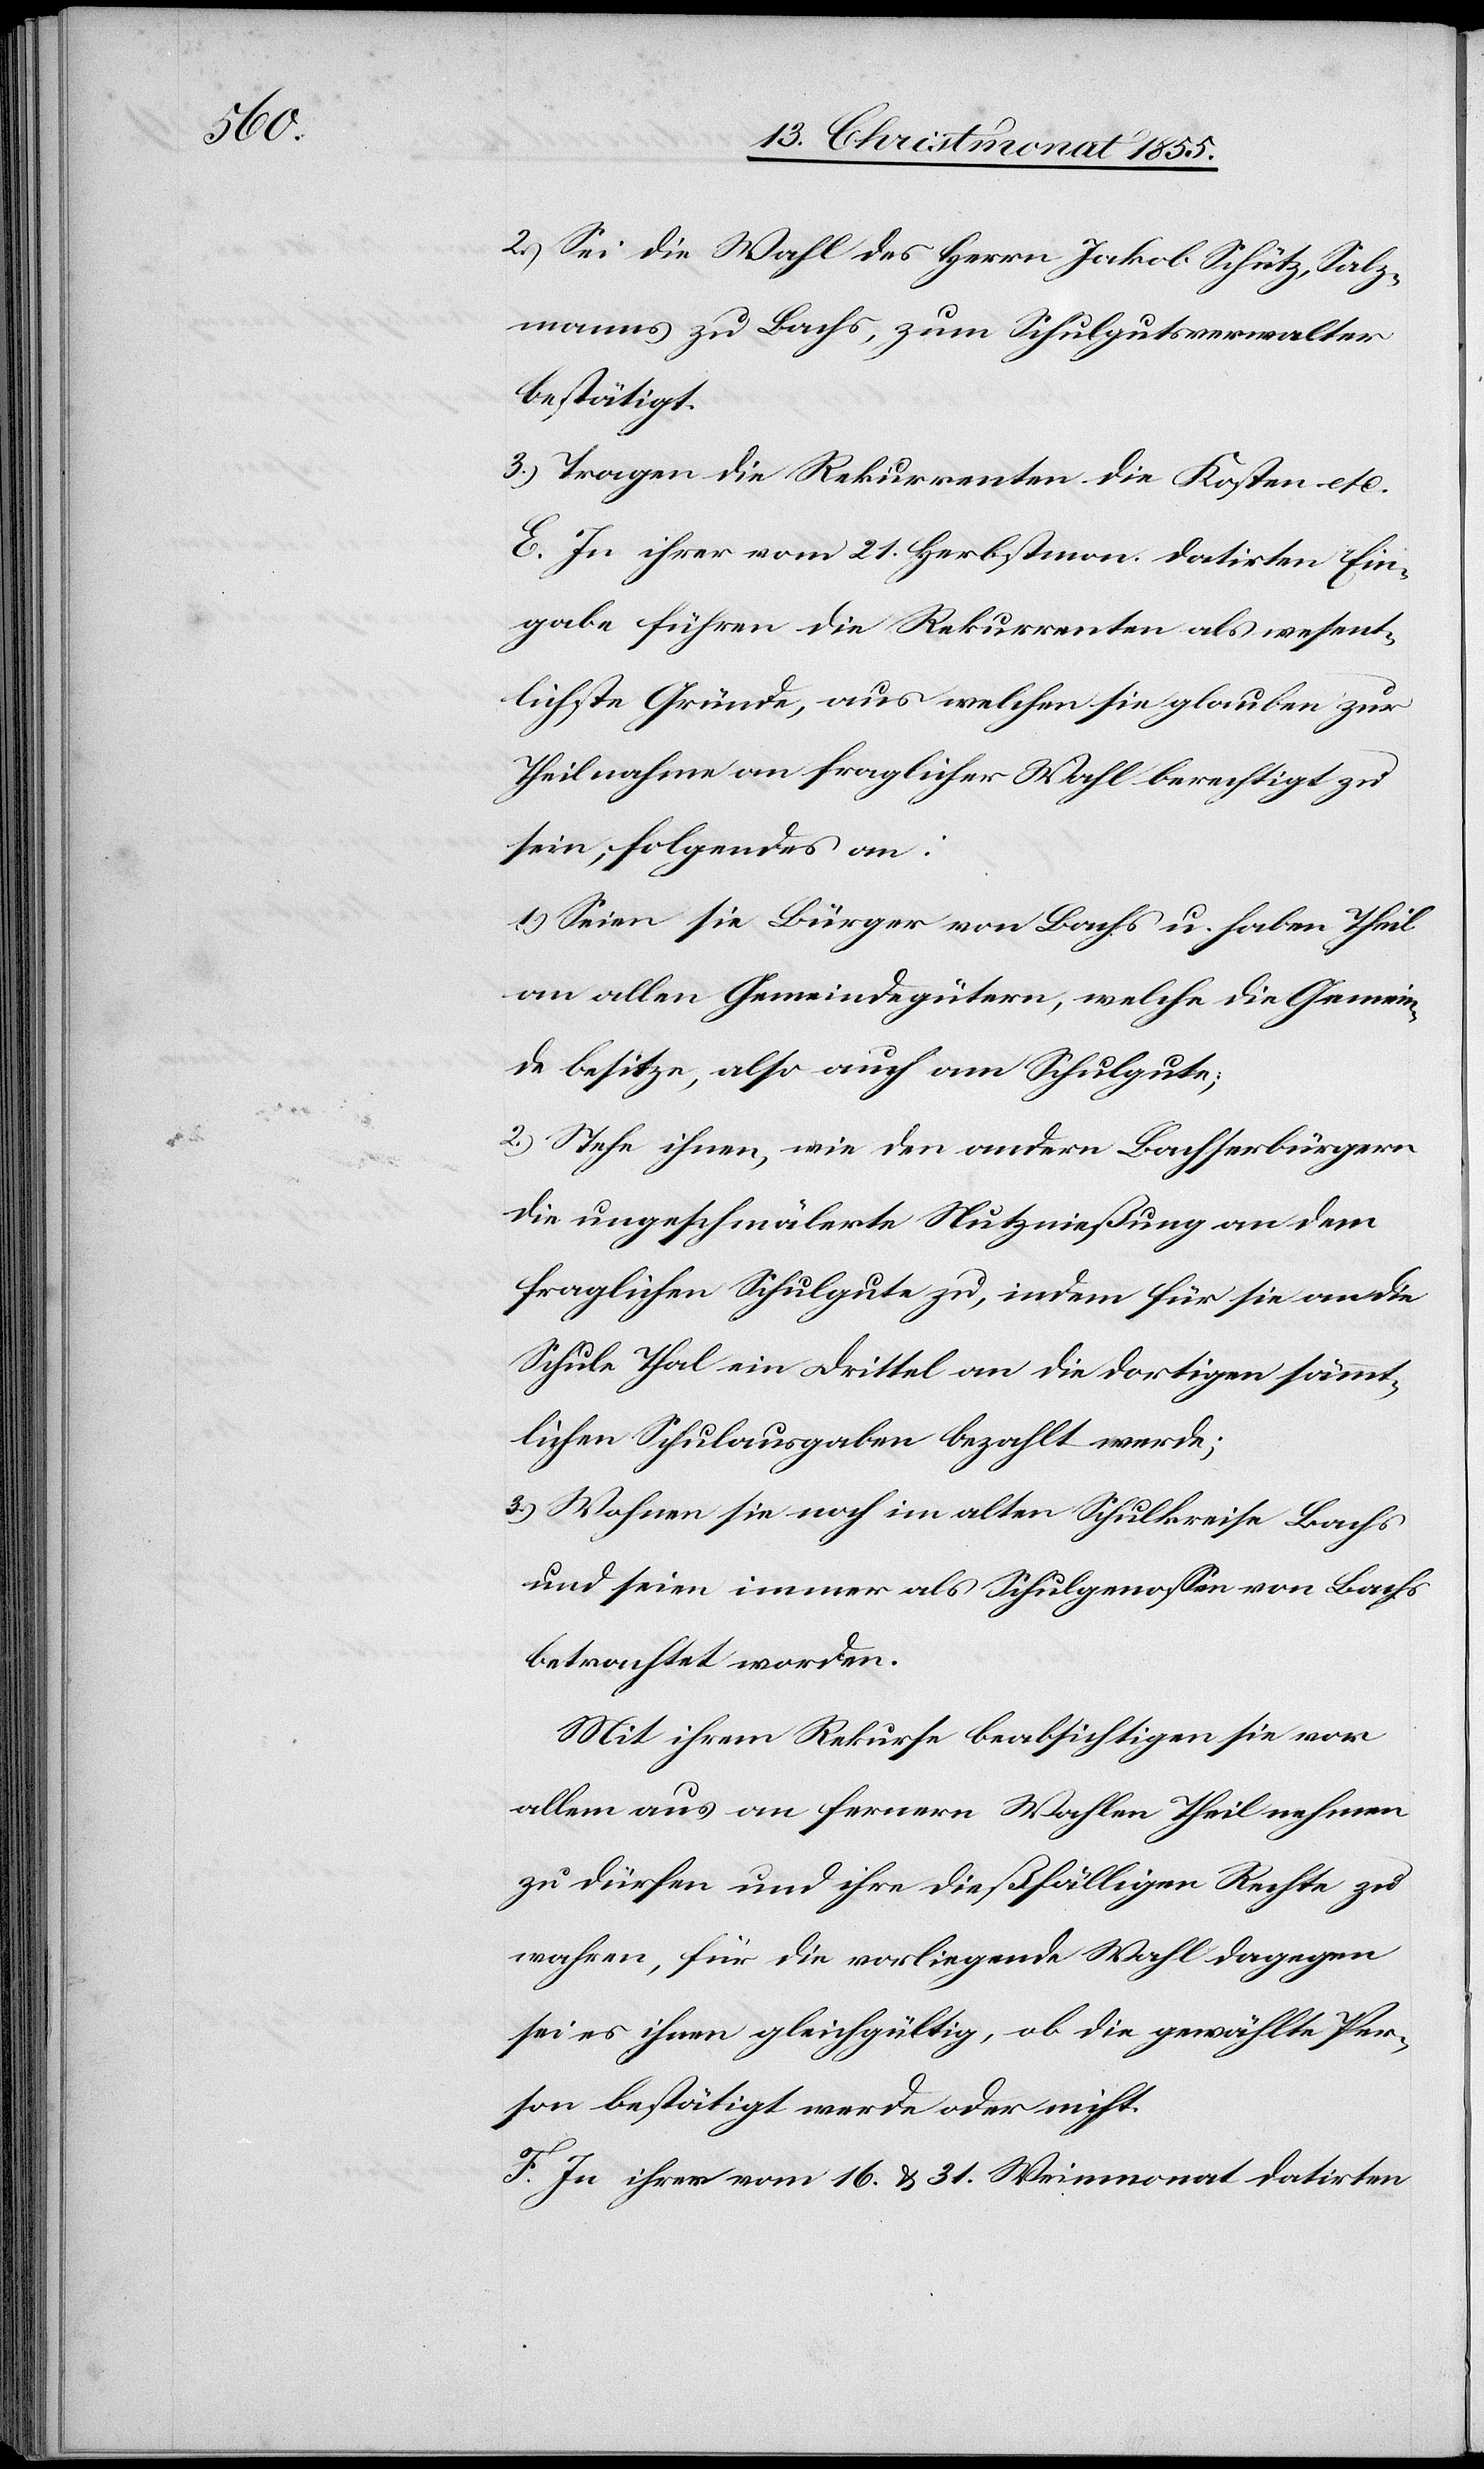
2.)

Sei die Wahl des Herrn Jakob Schütz, Salz¬
manns zu Bachs, zum Schulgutsverwalter
bestätigt.
Tragen die Rekurrenten die Kosten etc.
E. In ihrer vom 21. Herbstmon. datirten Ein¬
gabe führen die Rekurrenten als wesent¬
lichste Gründe, aus welchen sie glauben zur
Theilnahme an fraglicher Wahl berechtigt zu
sein, folgendes an:
Seien sie Bürger von Bachs u. haben Theil
an allen Gemeindegütern, welche die Gemein¬
de besitze, also auch am Schulgute;
Stehe ihnen, wie den andern Bachserbürgern
die ungeschmälerte Nutznießung an dem
fraglichen Schulgute zu, indem für sie an die
Schule Thal ein Drittel an die dortigen sämmt¬
lichen Schulausgaben bezahlt werde;
Wohnen sie noch im alten Schulkreise Bachs
und seien immer als Schulgenossen von Bachs
betrachtet worden.
Mit ihrem Rekurse beabsichtigen sie vor
allem aus an fernern Wahlen Theil nehmen
zu dürfen und ihre dießfälligen Rechte zu
wahren, für die vorliegende Wahl dagegen
sei es ihnen gleichgültig, ob die gewählte Per¬
son bestätigt werde oder nicht.
F. In ihrer vom 16. & 31. Weinmonat datirten